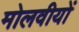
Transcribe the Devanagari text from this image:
मोलवीयों